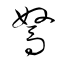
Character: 駑